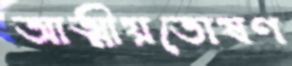
আত্মীয়তোষণ